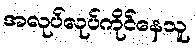
အလုပ်လုပ်ကိုင်နေသူ